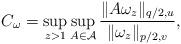
LaTeX: \begin{align*}C_\omega=\sup_{z>1}\sup_{A\in \mathcal{A}}\frac{\|A\omega_z\|_{q/2,u}}{\|\omega_z\|_{p/2,v}},\end{align*}